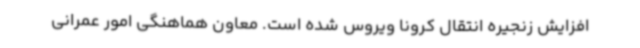
افزایش زنجیره انتقال کرونا ویروس شده است. معاون هماهنگی امور عمرانی